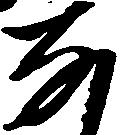
な